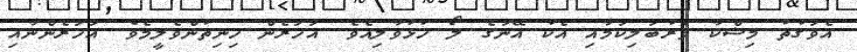
އެވަގުތު މިޝްކާ ވަރުބަލިކަމާއި އެކު އޭނަގެ ލޯ ހުޅުވާލިއެވެ. އަހަރެން ހިނިތުންވެލީމެވެ. އަހަރެންނާއި